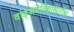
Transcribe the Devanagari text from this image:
वाङ्‌मयेतिहासातील